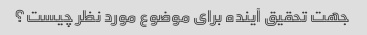
جهت تحقیق آینده برای موضوع مورد نظر چیست؟